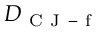
D _ { \mathrm { ~ C ~ J ~ - ~ f ~ } }